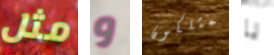
مثل و يمتلكون يا